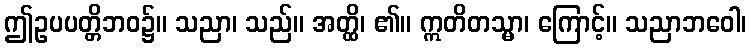
ဤဥပပတ္တိဘဝ၌။ သညာ၊ သည်။ အတ္ထိ၊ ၏။ ဣတိတသ္မာ၊ ကြောင့်။ သညာဘဝေါ၊